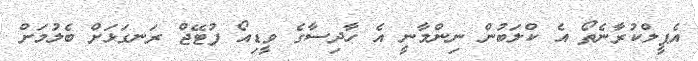
އެޕީލްކުރާނެތޯ އެ ކްލަބުން ނިންމާނީ އެ ހާދިސާގެ ވީޑިއޯ ފުޓޭޖް ރަނގަޅަށް ބެލުމަށް